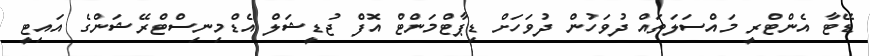
ޑޭޓާ އެންޓްރީ މައްސަލަތައް ދުވަހުން ދުވަހަށް ޑިޕާޓްމަންޓް އޮފް ޖުޑީޝަލް އެޑްމިނިސްޓްރޭޝަންގެ އައިޓީ